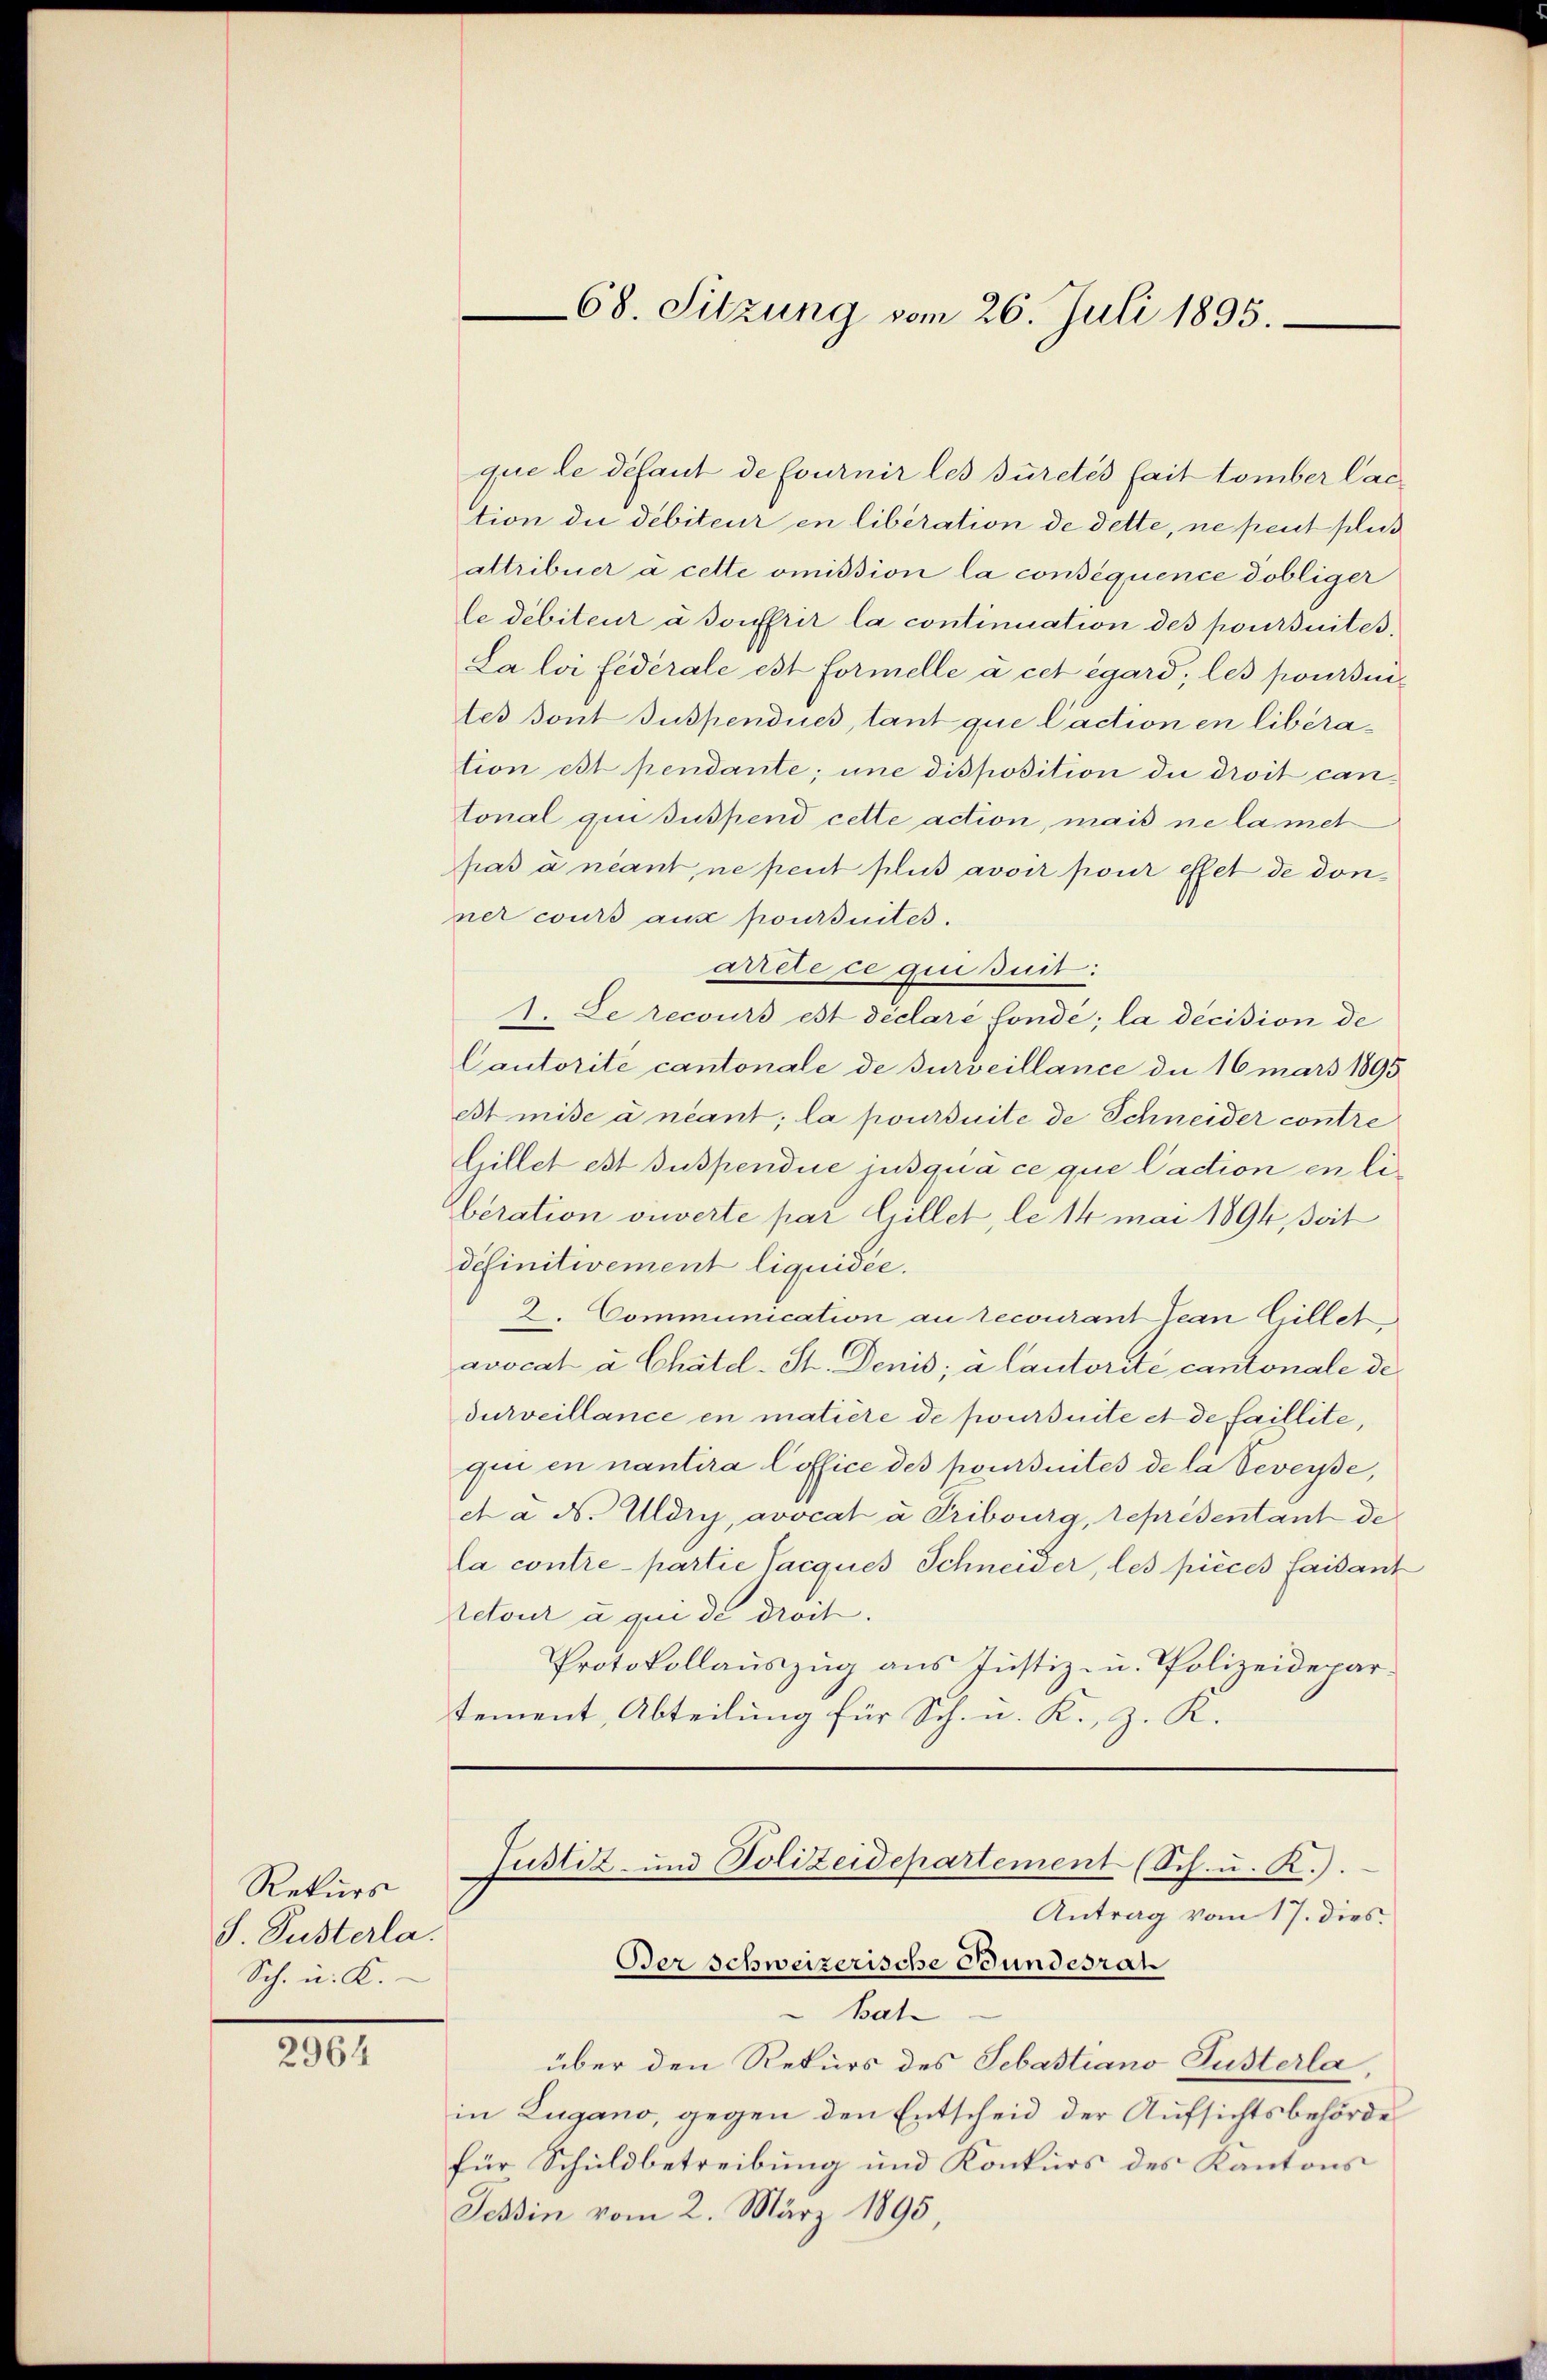
Rekurs
J. Pusterla
Sch. u. K.

2964

que le défaut de fournir les duretés fait tomber laction die debiteur en libération de dette, ne peut plus
attribuer à cette omission la conséquence dobliger
le débiteur u Souffrir la continuation des poursuites,
La loi fédérale est formelle à cet égard, les poursentes sont Suspendues, tant que Caction en libération est pendante; une disposition die droit cantonal qui suspend cette action, mais ne la met
pas à neant ne peut plus avoir pour effet de don
ner cours aus poursuites.
aritte ce qui suit:
1. Le recours est déclare sonde; la décision de
Cautorité cantonale de surveillance die 16 mars 1895
est mite à néant; la poursuite de Schneider contre
Gillet est Suspendue jusqua ce que Caction en liberation vierte par Gillet, le 14 mai 1894 Beit
definitivement liquidee.
2. Communication an recourant Tean Gillet
avocat à Chätd. St. Denis; à lautorité cantonale de
durveillance en matière de poursuite et de faillite,
qui en nantira Coffice des poursuites de la Veveyde,
ct à ds. Uldry, avocat à Tribourg, représentant de
la contre-partie Sacques Schneider, les pièces faisant
retour à qui de droit.
Protokollauszug aus Justiz- u. Polizeidepartement, Abteilung für Sch. u. K., z. K.

Der schweizerische Bundesrat
Bate
über den Rekurs des Sebastiano Pusterla,
in Lugano, gegen den Entscheid der Aufsichtsbehörde
für Schuldbetreibung und Konkurs des Kantons
Tessin vom 2. März 1895,

68. Sitzung vom 26. Juli 1895.

Justiz- und Polizeidepartement (Sch. u. R.).
Antrag vom 17. dies.